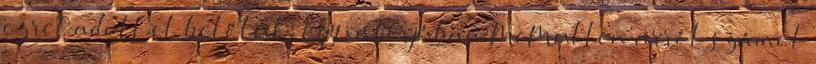
ezret adott el belőlük. Egy interjúban McMullen arról számol